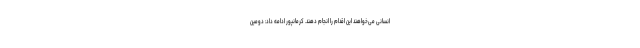
انسانی می‌خواهند این اقدام را انجام دهند. کرمانپور ادامه داد: دومین